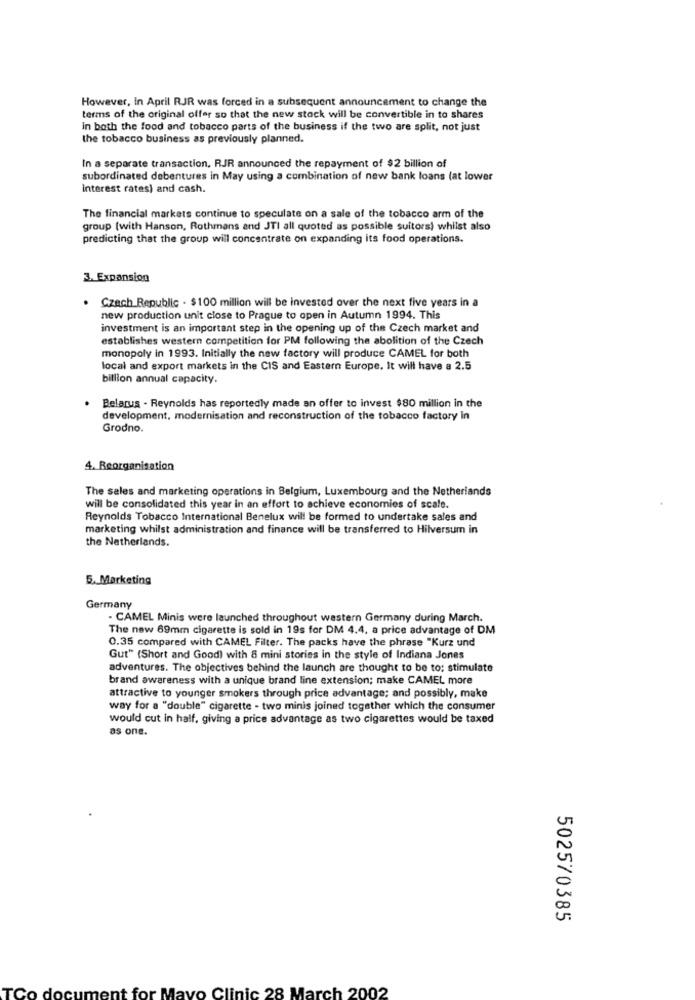
However, In April RJR was forced in a subsequent announcement to change the
terms of the original offer so that the new stock will be convertible in to shares
In both the food and tobacco parts of the business if the two are split, not just
the tobacco business as previously planned.
In a separate transaction. RJR announced the repayment of $2 billion of
subordinated debentures in May using a combination of new bank loans (at lower
interest rates) and cash.
The financial markets continue to speculate on a sale of the tobacco arm of the
group (with Hanson, Rothmans and JTI all quoted as possible suitors) whilst also
predicting that the group will concentrate on expanding its food operations.
3. Expansion
. Czech Republic - $100 million will be invested over the next five years in a
new production unit close to Prague to open in Autumn 1994. This
investment is an important step in the opening up of the Czech market and
establishes western competition for PM following the abolition of the Czech
monopoly in 1993. Initially the new factory will produce CAMEL for both
local and export markets in the CIS and Eastern Europe. It will have a 2.5
billion annual capacity.
Belarus - Reynolds has reportedly made an offer to invest $80 million in the
development, modernisation and reconstruction of the tobacco factory In
Grodno.
4. Reorganisation
The sales and marketing operations in Belgium, Luxembourg and the Netherlands
will be consolidated this year in an effort to achieve economies of scale.
Reynolds Tobacco International Benelux will be formed to undertake sales and
marketing whilst administration and finance will be transferred to Hilversum in
the Netherlands.
5. Marketing
Germany
- CAMEL Minis were launched throughout western Germany during March.
The new 69mm cigarette is sold in 19s for DM 4.4. a price advantage of DM
0.35 compared with CAMEL Filter. The packs have the phrase "Kurz und
Gut" (Short and Good) with 8 mini stories in the style of Indiana Jones
adventures. The objectives behind the launch are thought to be to: stimulate
brand awareness with a unique brand line extension; make CAMEL more
attractive to younger smokers through price advantage; and possibly, make
way for a "double" cigarette - two minis joined together which the consumer
would cut in half, giving a price advantage as two cigarettes would be taxed
as one.
502570385
Mayo Clinic 28 March 2002
TC
do